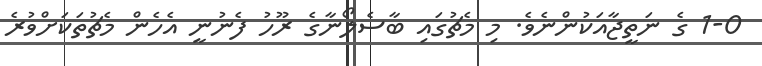
1-0 ގެ ނަތީޖާއަކުންނެވެ. މި މެޗުގައި ބާސެލޯނާގެ ރޫހު ފެނުނީ އެހެން މެޗުތަކަށްވުރެ